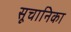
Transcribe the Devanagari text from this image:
सूचानिका